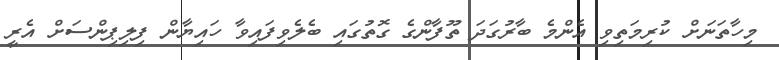
މިހާތަނަށް ކުރިމަތިވި އެންމެ ބާރުގަދަ ތޫފާންގެ ގޮތުގައި ބެލެވިފައިވާ ހައިޔާން ފިލިޕިންސަށް އެރީ